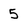
Character: 5